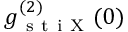
g _ { \mathrm { ~ s ~ t ~ i ~ X ~ } } ^ { ( 2 ) } ( 0 )